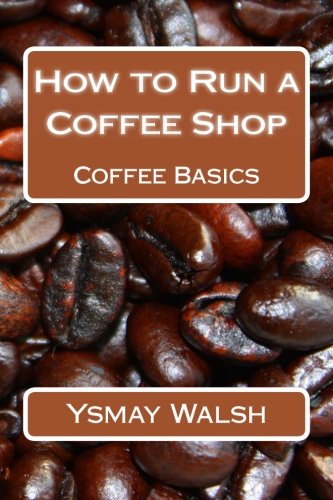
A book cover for How to Run a Coffee Shop: Coffee Basics (Volume 1); Ysmay Walsh; Business & Money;